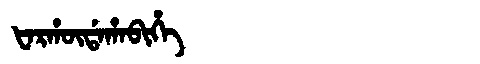
Manchu: ᡶᠠᡵᡥᡡᡩᠠᡥᠠᠪᡳᡥᡝ
Romanization: FARHŪDAHABIHE